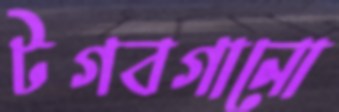
টগবগানো